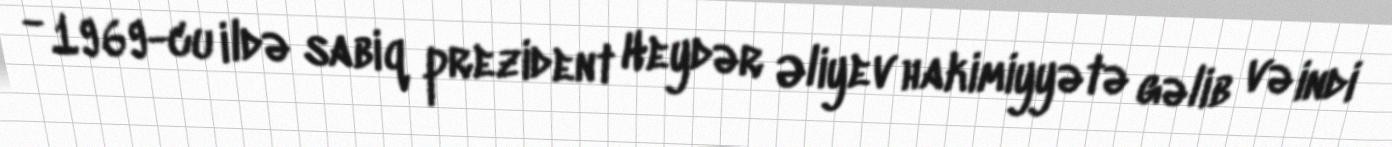
- 1969-cu ildə sabiq prezident Heydər Əliyev hakimiyyətə gəlib və indi